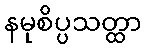
နမုစိပ္ပသတ္ထာ